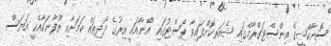
ސޮނާކްޝީގެ އިންސްޓަގްރާމްގައި ޝެއަރކޮށްފައިވާ ޕޯސްޓުގައި "އޭނާއަކީ އިރުގެ ދޯދިތައް ކަމަށާއި ޠޫފާނަކާއެކީ އަޔަސް